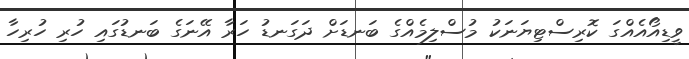
ވީޑިއޯއެއްގަ ކޮރިސްޓިޔަނަކު މުސްލިމެއްގެ ބަނޑަށް ދަގަނޑު ހަރާ އޭނަގެ ބަނޑުގައި ހުރި ހުރިހާ